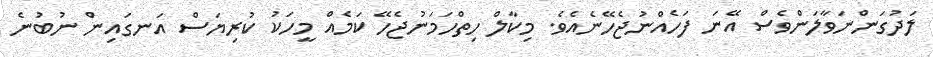
ލަދުގަންނަވާލަންވެސް އޭނަ ފަހެއްނުޖެހޭނެއެވެ. މިކާލް ހިތްހަމަނުޖެހޭ ކަމެއް މީހަކު ކުރިޔަސް އަނގައިން ނުބުނެ